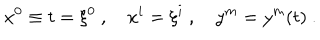
LaTeX: x ^ { 0 } \equiv t = \xi ^ { 0 } \ , \quad x ^ { i } = \xi ^ { i } \ , \quad y ^ { m } = y ^ { m } ( t ) \ .